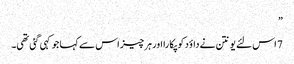
”
7 اس لئے یونتن نے داؤد کو پکا را اور ہر چیز اس سے کہا جو کہی گئی تھی۔